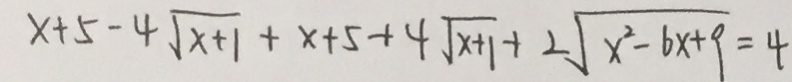
x + 5 - 4 \sqrt { x + 1 } + x + 5 + 4 \sqrt { x + 1 } + 2 \sqrt { x ^ { 2 } - 6 x + 9 } = 4